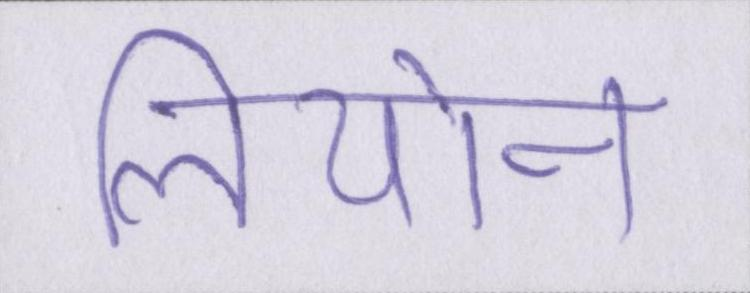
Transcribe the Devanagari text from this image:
लियोन